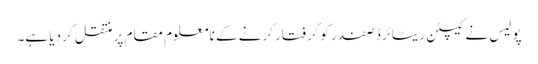
پولیس نے کیپٹن ریٹائرڈ صفدر کو گرفتار کرنے کے نامعلوم مقام پر منتقل کر دیا ہے۔